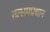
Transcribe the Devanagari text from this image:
तत्समप्रधान